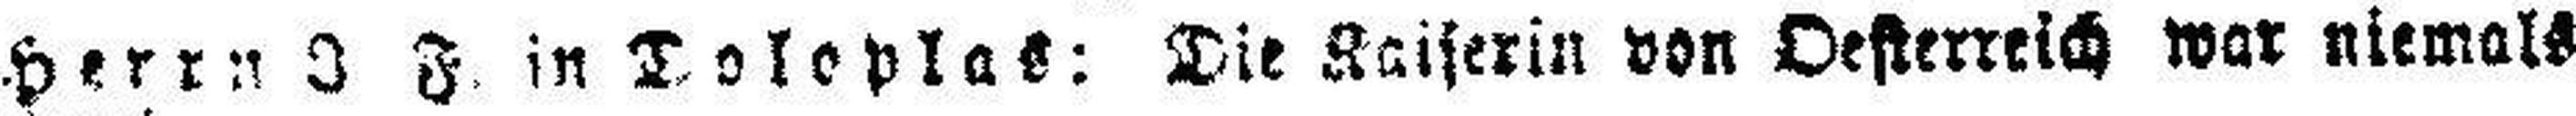
Herrn J. F. in Toloplas: Die Kaiserin von Oesterreich war niemals